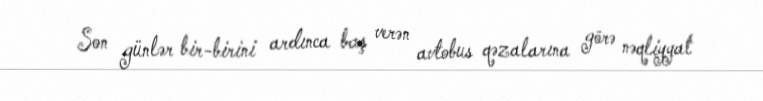
Son günlər bir-birini ardınca baş verən avtobus qəzalarına görə nəqliyyat